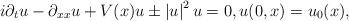
LaTeX: \begin{align*} i\partial_tu - \partial_{xx}u + V(x)u \pm \left|u\right|^{2}u = 0, u(0,x)=u_{0}(x),\end{align*}